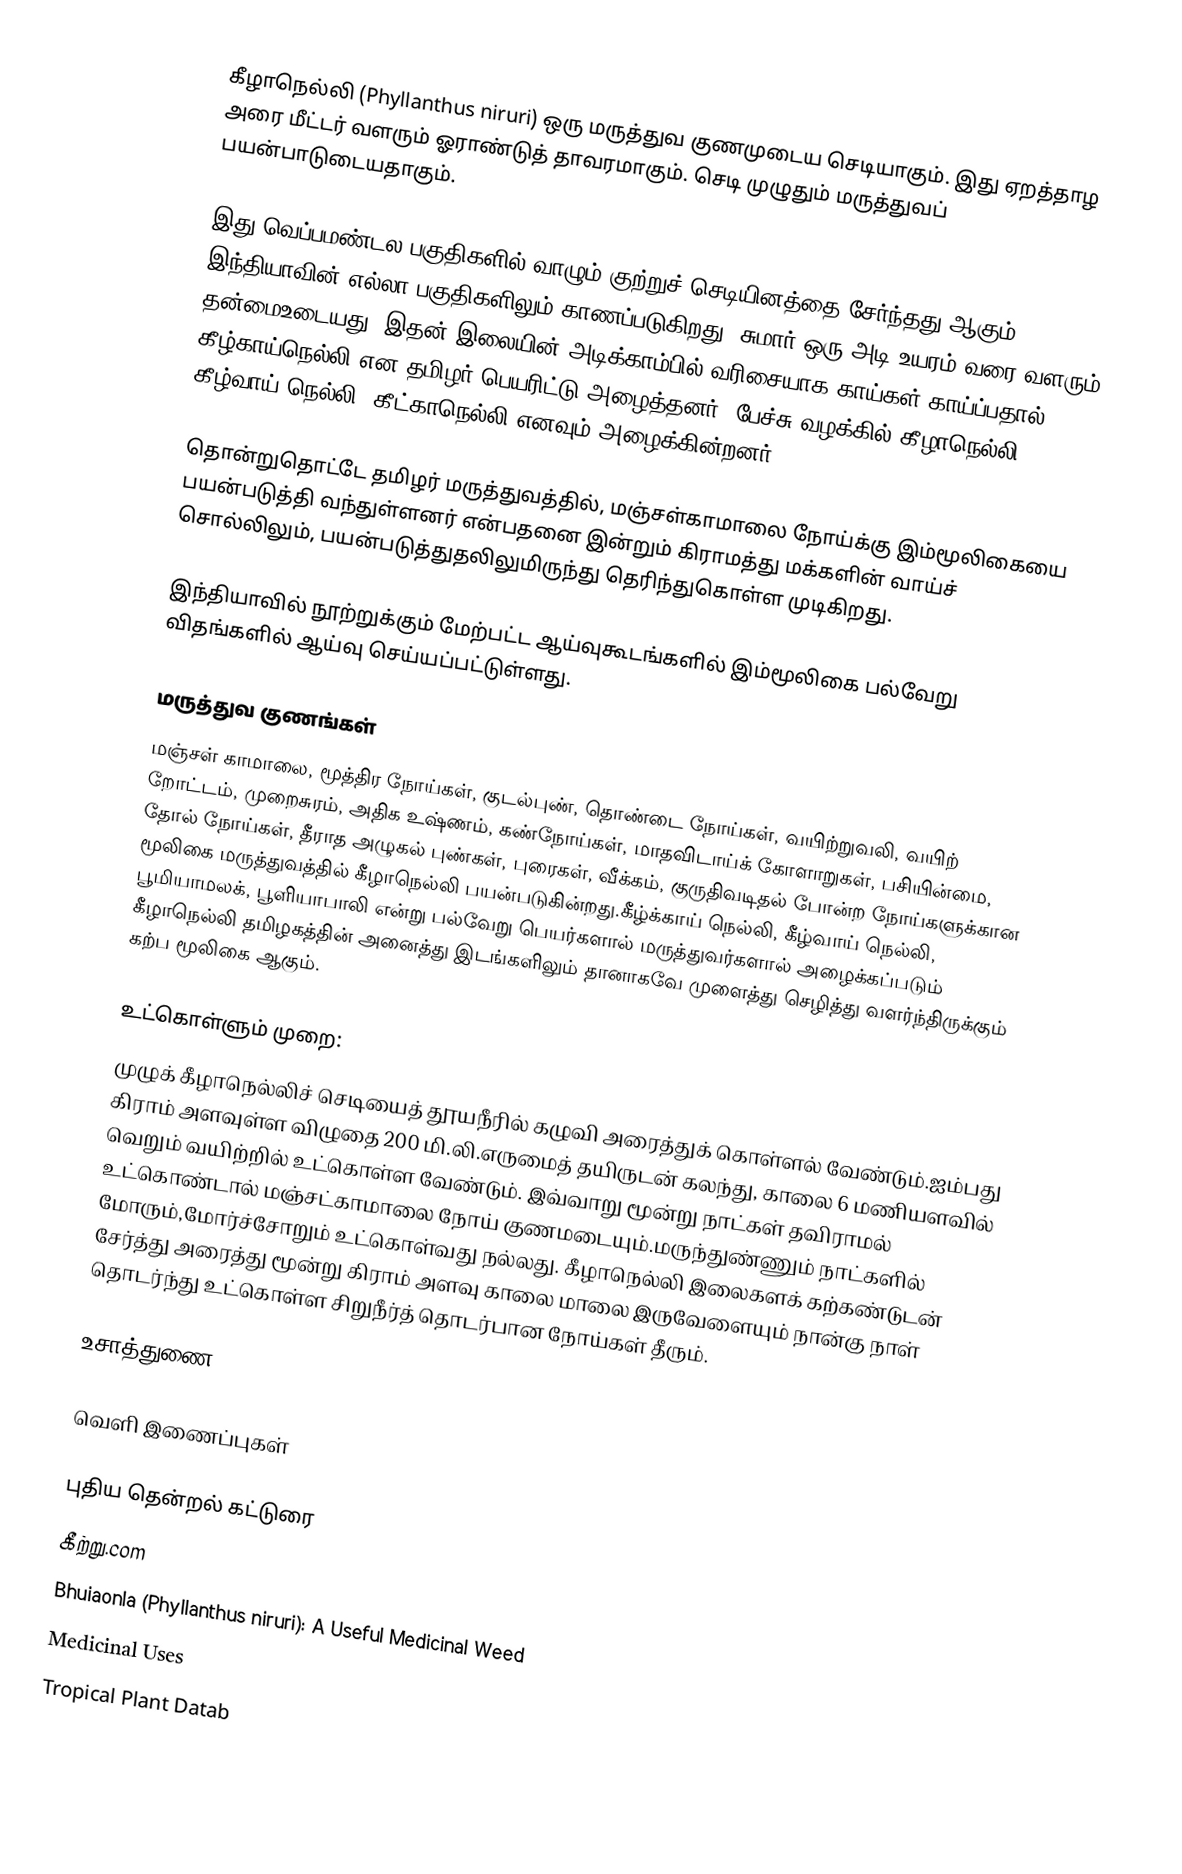
கீழாநெல்லி (Phyllanthus niruri) ஒரு மருத்துவ குணமுடைய செடியாகும். இது ஏறத்தாழ அரை மீட்டர் வளரும் ஓராண்டுத் தாவரமாகும். செடி முழுதும் மருத்துவப் பயன்பாடுடையதாகும்.

இது வெப்பமண்டல பகுதிகளில் வாழும் குற்றுச் செடியினத்தை சேர்ந்தது ஆகும். இந்தியாவின் எல்லா பகுதிகளிலும் காணப்படுகிறது. சுமார் ஒரு அடி உயரம் வரை வளரும் தன்மைஉடையது. இதன் இலையின் அடிக்காம்பில் வரிசையாக காய்கள் காய்ப்பதால் கீழ்காய்நெல்லி என தமிழர் பெயரிட்டு அழைத்தனர். பேச்சு வழக்கில் கீழாநெல்லி, கீழ்வாய் நெல்லி, கீட்காநெல்லி எனவும் அழைக்கின்றனர்.

தொன்றுதொட்டே தமிழர் மருத்துவத்தில், மஞ்சள்காமாலை நோய்க்கு இம்மூலிகையை பயன்படுத்தி வந்துள்ளனர் என்பதனை இன்றும் கிராமத்து மக்களின் வாய்ச் சொல்லிலும், பயன்படுத்துதலிலுமிருந்து தெரிந்துகொள்ள முடிகிறது.

இந்தியாவில் நூற்றுக்கும் மேற்பட்ட ஆய்வுகூடங்களில் இம்மூலிகை பல்வேறு விதங்களில் ஆய்வு செய்யப்பட்டுள்ளது.

மருத்துவ குணங்கள்
மஞ்சள் காமாலை, மூத்திர நோய்கள், குடல்புண், தொண்டை நோய்கள், வயிற்றுவலி, வயிற் றோட்டம், முறைசுரம், அதிக உஷ்ணம், கண்நோய்கள், மாதவிடாய்க் கோளாறுகள், பசியின்மை, தோல் நோய்கள், தீராத அழுகல் புண்கள், புரைகள், வீக்கம், குருதிவடிதல் போன்ற நோய்களுக்கான மூலிகை மருத்துவத்தில் கீழாநெல்லி பயன்படுகின்றது.கீழ்க்காய் நெல்லி, கீழ்வாய் நெல்லி, பூமியாமலக், பூளியாபாலி என்று பல்வேறு பெயர்களால் மருத்துவர்களால் அழைக்கப்படும் கீழாநெல்லி தமிழகத்தின் அனைத்து இடங்களிலும் தானாகவே முளைத்து செழித்து வளர்ந்திருக்கும் கற்ப மூலிகை ஆகும்.

உட்கொள்ளும் முறை:
முழுக் கீழாநெல்லிச் செடியைத் தூயநீரில் கழுவி அரைத்துக் கொள்ளல் வேண்டும்.ஐம்பது கிராம் அளவுள்ள விழுதை 200 மி.லி.எருமைத் தயிருடன் கலந்து, காலை 6 மணியளவில் வெறும் வயிற்றில் உட்கொள்ள வேண்டும். இவ்வாறு மூன்று நாட்கள் தவிராமல் உட்கொண்டால் மஞ்சட்காமாலை நோய் குணமடையும்.மருந்துண்ணும் நாட்களில் மோரும்,மோர்ச்சோறும் உட்கொள்வது நல்லது. கீழாநெல்லி இலைகளக் கற்கண்டுடன் சேர்த்து அரைத்து மூன்று கிராம் அளவு காலை மாலை இருவேளையும் நான்கு நாள் தொடர்ந்து உட்கொள்ள சிறுநீர்த் தொடர்பான நோய்கள் தீரும்.

உசாத்துணை

வெளி இணைப்புகள்

 புதிய தென்றல் கட்டுரை
 கீற்று.com
 Bhuiaonla (Phyllanthus niruri): A Useful Medicinal Weed
 Medicinal Uses
 Tropical Plant Datab